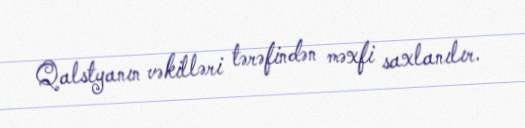
Qalstyanın vəkilləri tərəfindən məxfi saxlanılır.